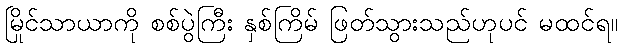
မြိုင်သာယာကို စစ်ပွဲကြီး နှစ်ကြိမ် ဖြတ်သွားသည်ဟုပင် မထင်ရ။